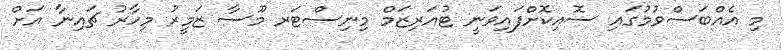
މި އެއްބަސްވުމުގައި ސޮއިކޮށްފައިވަނީ ޓުއަރިޒަމް މިނިސްޓަރ މޫސާ ޒަމީރު މިހާރު ޗައިނާ އަށް